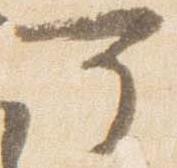
可